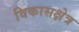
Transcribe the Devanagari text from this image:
विकासक्षेत्र